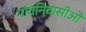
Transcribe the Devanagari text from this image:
गांवनिवासीऒं